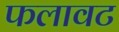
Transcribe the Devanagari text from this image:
फलावट